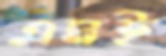
এমই